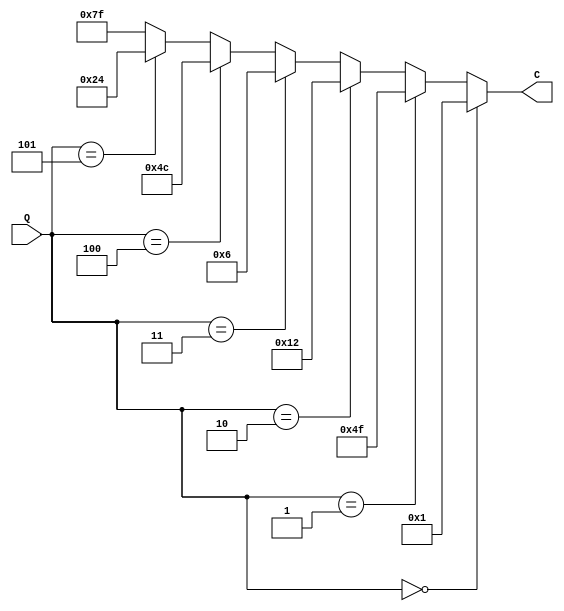
module SSD_tens(
    output [6:0] C,//C[6] correspounds to CA, ...C[0]correspounds to CG
    input [2:0] Q
    );
    reg [6:0]C;
    always @(Q)
    begin
        if (Q==3'b0) C=7'b0000001;
        else if (Q==3'b001) C=7'b1001111;
        else if (Q==3'b010) C=7'b0010010;
        else if (Q==3'b011) C=7'b0000110;
        else if (Q==3'b100) C=7'b1001100;
        else if (Q==3'b101) C=7'b0100100;//display up to 5
        else C=7'b1111111;
    end
endmodule